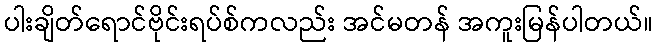
ပါးချိတ်ရောင်ဗိုင်းရပ်စ်ကလည်း အင်မတန် အကူးမြန်ပါတယ်။